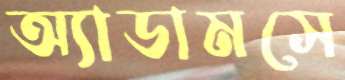
অ্যাডামসে